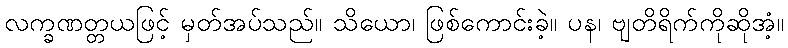
လက္ခဏတ္တယဖြင့် မှတ်အပ်သည်။ သိယော၊ ဖြစ်ကောင်းခဲ့။ ပန၊ ဗျတိရိက်ကိုဆိုအံ့။